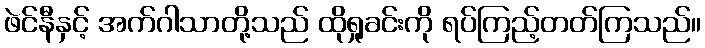
ဖဲင်နီနှင့် အက်ဂါသာတို့သည် ထိုရှုခင်းကို ရပ်ကြည့်တတ်ကြသည်။